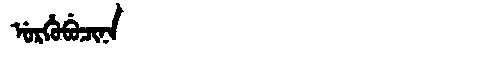
Manchu: ᡠᡵᡥᡠᠪᡠᠴᡳᠨᠠ
Romanization: URHUBUCINA